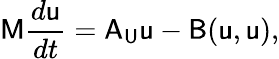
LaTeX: \mathsf{M}\frac{d\mathsf{u}}{dt}=\mathsf{A}_{\mathsf{U}}\mathsf{u}-\mathsf{B}(\mathsf{u},\mathsf{u}),